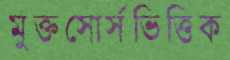
মুক্তসোর্সভিত্তিক